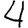
Digit: 4